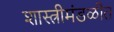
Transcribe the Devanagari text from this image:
शास्त्रीमंडळीत